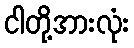
ငါတို့အားလုံး